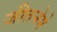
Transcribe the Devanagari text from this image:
जीतनेमे